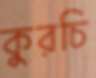
কুরচি